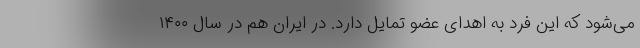
می‌شود که این فرد به اهدای عضو تمایل دارد. در ایران هم در سال ۱۴۰۰